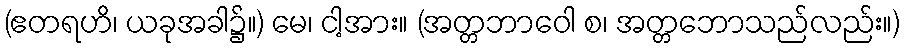
(ဧတရဟိ၊ ယခုအခါ၌။) မေ၊ ငါ့အား။ (အတ္တဘာဝေါ စ၊ အတ္တဘောသည်လည်း။)